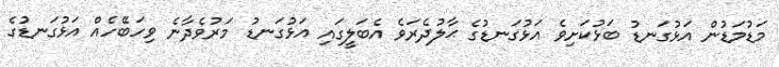
މަޑުމަޑުން އަޅުގަނޑު ބަޅުކަށިވެ އަޅުގަނޑުގެ ޙާލުދެރަވެ އެބަލީގައި އަޅުގަނޑު މަރުވެދާނެ ވިހަބޭހެއް އަޅުގަނޑުގެ